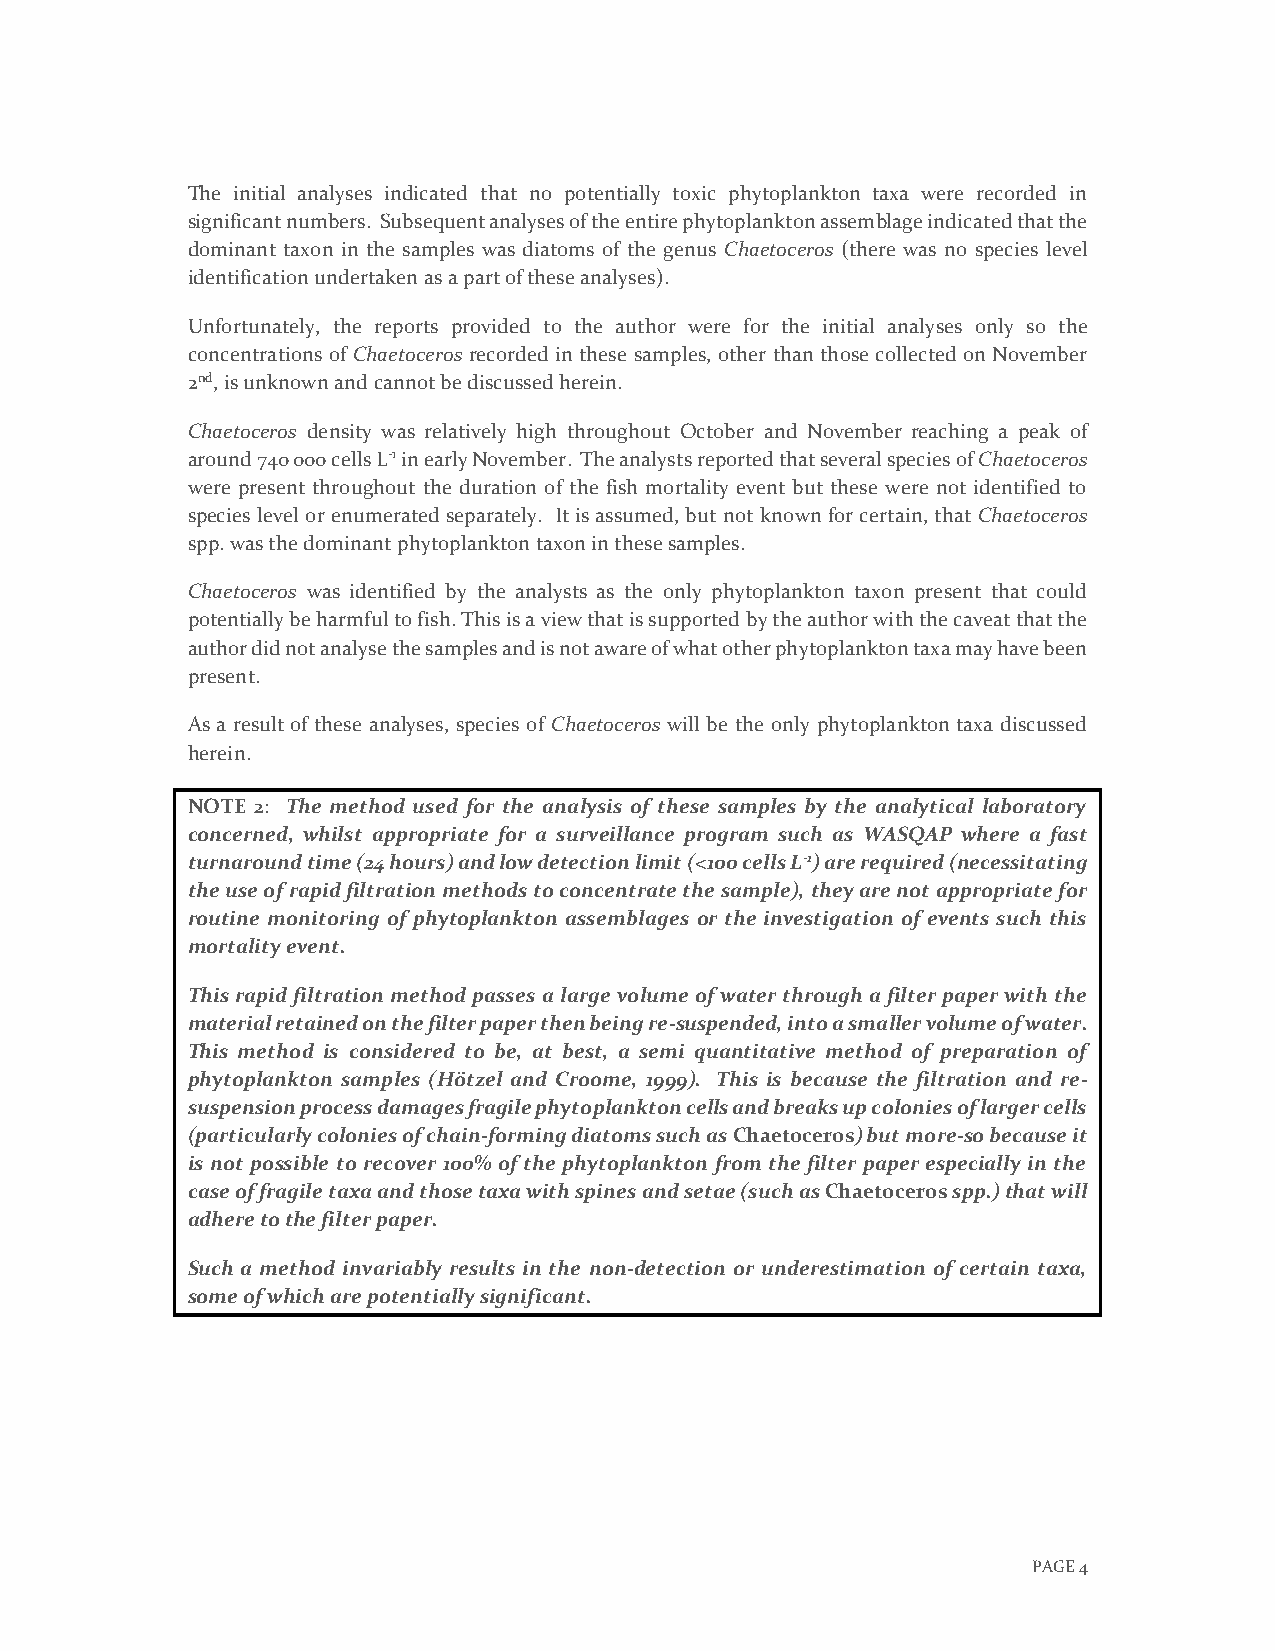
The initial analyses indicated that no potentially toxic phytoplankton taxa were recorded in
 significant numbers. Subsequent analyses of the entire phytoplankton assemblage indicated that the
 dominant taxon in the samples was diatoms of the genus Chaetoceros (there was no species level
 identification undertaken as a part of these analyses).
 Unfortunately, the reports provided to the author were for the initial analyses only so the
 concentrations of Chaetoceros recorded in these samples, other than those collected on November
 2nd, is unknown and cannot be discussed herein.
 Chaetoceros density was relatively high throughout October and November reaching a peak of
 around 740 000 cells L-1 in early November. The analysts reported that several species of Chaetoceros
 were present throughout the duration of the fish mortality event but these were not identified to
 species level or enumerated separately. It is assumed, but not known for certain, that Chaetoceros
 spp. was the dominant phytoplankton taxon in these samples.
 Chaetoceros was identified by the analysts as the only phytoplankton taxon present that could
 potentially be harmful to fish. This is a view that is supported by the author with the caveat that the
 author did not analyse the samples and is not aware of what other phytoplankton taxa may have been
 present.
 As a result of these analyses, species of Chaetoceros will be the only phytoplankton taxa discussed
 herein.
 NOTE 2: The method used for the analysis of these samples by the analytical laboratory
 concerned, whilst appropriate for a surveillance program such as WASQAP where a fast
 turnaround time (24 hours) and low detection limit (<100 cells L-1) are required (necessitating
 the use of rapid filtration methods to concentrate the sample), they are not appropriate for
 routine monitoring of phytoplankton assemblages or the investigation of events such this
 mortality event.
 This rapid filtration method passes a large volume of water through a filter paper with the
 material retained on the filter paper then being re-suspended, into a smaller volume of water.
 This method is considered to be, at best, a semi quantitative method of preparation of
 phytoplankton samples (Hötzel and Croome, 1999). This is because the filtration and re-
 suspension process damages fragile phytoplankton cells and breaks up colonies of larger cells
 (particularly colonies of chain-forming diatoms such as Chaetoceros) but more-so because it
 is not possible to recover 100% of the phytoplankton from the filter paper especially in the
 case of fragile taxa and those taxa with spines and setae (such as Chaetoceros spp.) that will
 adhere to the filter paper.
 Such a method invariably results in the non-detection or underestimation of certain taxa,
 some of which are potentially significant.
 PAGE 4